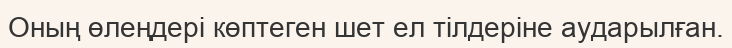
Оның өлеңдері көптеген шет ел тілдеріне аударылған.